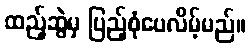
ထည့်ဆွဲမှ ပြည့်စုံပေလိမ့်မည်။